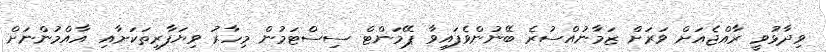
ވިދާޅުވީ ރާއްޖެއަށް ވަރަށް ޒަމާނުއްސުރެ ބޭނުންވެފައިވާ ޕޭމަންޓް ސިސްޓަމުން މިހާރު ވިޔަފާރިތަކަށާއި އާއްމުންނަށް